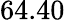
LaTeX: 64.40